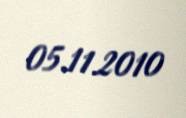
05.11.2010